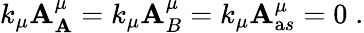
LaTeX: k_{\mu}{\cal\mathbf{A}}_{\mathbf{A}}^{\mu}=k_{\mu}{\cal\mathbf{A}}_{B}^{\mu}=k_{\mu}{\cal\mathbf{A}}_{\mathrm{a}s}^{\mu}=0\; .